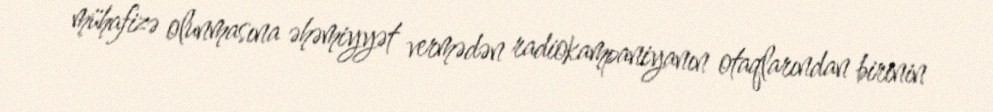
mühafizə olunmasına əhəmiyyət vermədən radiokampaniyanın otaqlarından birinin